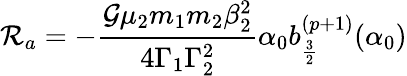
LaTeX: \mathcal{R}_{a}=-\frac{\mathcal{G}\mu_{2}m_{1}m_{2}\beta_{2}^{2}}{4\Gamma_{1}\Gamma_{2}^{2}}\alpha_{0}b_{\frac{3}{2}}^{(p+1)}(\alpha_{0})